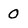
Character: 0